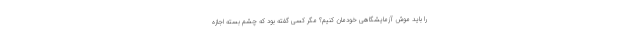
را باید موش آزمایشگاهی خودمان کنیم؟ مگر کسی گفته بود که چشم بسته اجازه